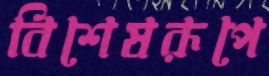
বিশেষরূপে